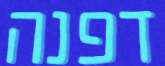
דפנה